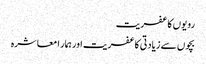
رویوں کا عفریت
بچوں سے زیادتی کا عفریت اور ہمار ا معاشرہ